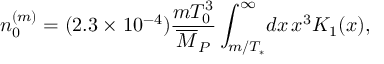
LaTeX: n _ { 0 } ^ { ( m ) } = ( 2 . 3 \times 1 0 ^ { - 4 } ) \frac { m T _ { 0 } ^ { 3 } } { \overline { { { M } } } _ { P } } \int _ { m / T _ { * } } ^ { \infty } \! d x \, x ^ { 3 } { \cal K } _ { 1 } ( x ) ,